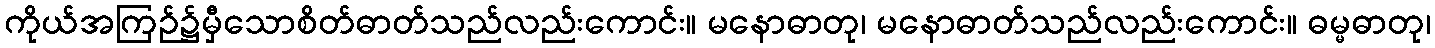
ကိုယ်အကြဉ်၌မှီသောစိတ်ဓာတ်သည်လည်းကောင်း။ မနောဓာတု၊ မနောဓာတ်သည်လည်းကောင်း။ ဓမ္မဓာတု၊